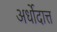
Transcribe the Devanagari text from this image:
अर्धोदात्त